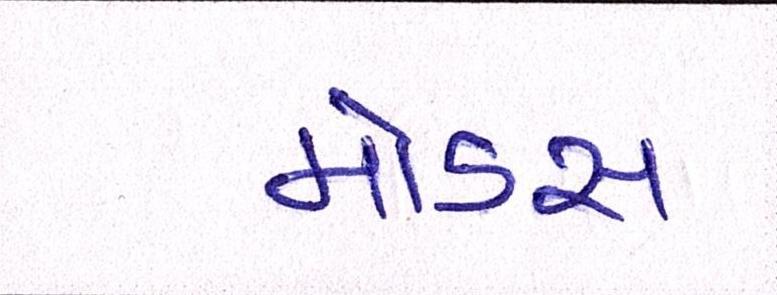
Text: મોડસ